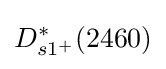
D_{s1^{+}}^{*}(2460)